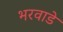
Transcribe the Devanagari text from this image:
भरवाडे